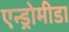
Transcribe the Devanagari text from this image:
एन्ड्रोमीडा